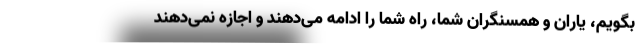
بگویم، یاران و همسنگران شما، راه شما را ادامه می‌دهند و اجازه نمی‌دهند